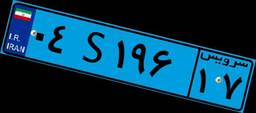
۰۷S۵۰۸۴۳